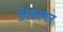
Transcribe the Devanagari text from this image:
अॅडलर